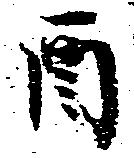
酉